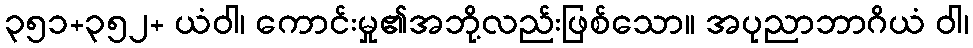
၃၅၁+၃၅၂+ ယံဝါ၊ ကောင်းမှု၏အဘို့လည်းဖြစ်သော။ အပုညာဘာဂိယံ ဝါ၊